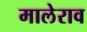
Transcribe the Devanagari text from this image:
मालेराव